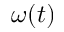
\omega ( t )